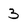
Character: 3